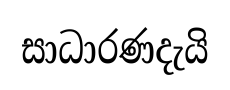
සාධාරණදැයි